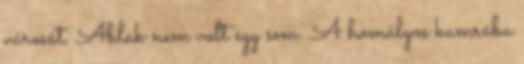
városát. Ablak nem volt egy sem. A homályos kamrába